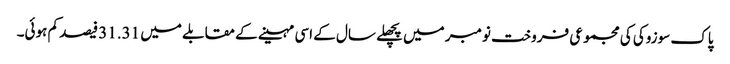
پاک سوزوکی کی مجموعی فروخت نومبر میں پچھلے سال کے اسی مہینے کے مقابلے میں 31.31 فیصد کم ہوئی۔